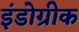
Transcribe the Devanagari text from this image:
इंडोग्रीक